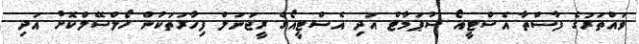
ވައްތަރުގެ ފާސްތާ އެސްޓީއޯ ސުޕަމާޓް އަދި އެސްޓީއޯގެ ރީޖަަނަލް ފިހާރަތަކުން ހޯލްސޭލްކޮށް އަދި